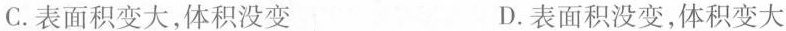
C.表面积变大，体积没变 D.表面积没变，体积变大